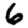
Digit: 6